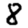
Digit: 8